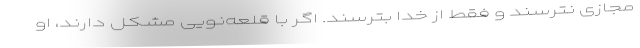
مجازی نترسند و فقط از خدا بترسند. اگر با قلعه‌نویی مشکل دارند، او